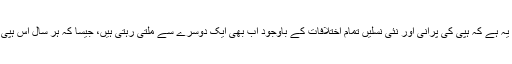
اس کی مثال یہ ہے کہ ہپی کی پرانی اور نئی نسلیں تمام اختلافات کے باوجود اب بھی ایک دوسرے سے ملتی رہتی ہیں، جیسا کہ ہر سال اس ہپی فیسٹول میں۔